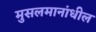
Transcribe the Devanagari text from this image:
मुसलमानांधील